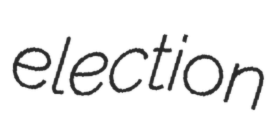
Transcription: election